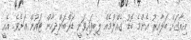
އިރާގަށް ބަލާއިރު އެންމެ ބޮޑު ގެއްލުމެއް ލިބިފައިވަނީ ޑަރްބަންދިހާން ޓައުން އަށެވެ. އެއީ